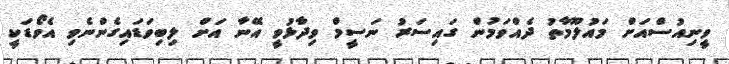
ވީނިއުސްއަށް މައުލޫމާތު ދެއްވަމުން ގައިސަރު ނަސީމް ވިދާޅުވީ އޭނާ އަށް ލިބިވަޑައިގެންނެވި އެވޯޑަކީ